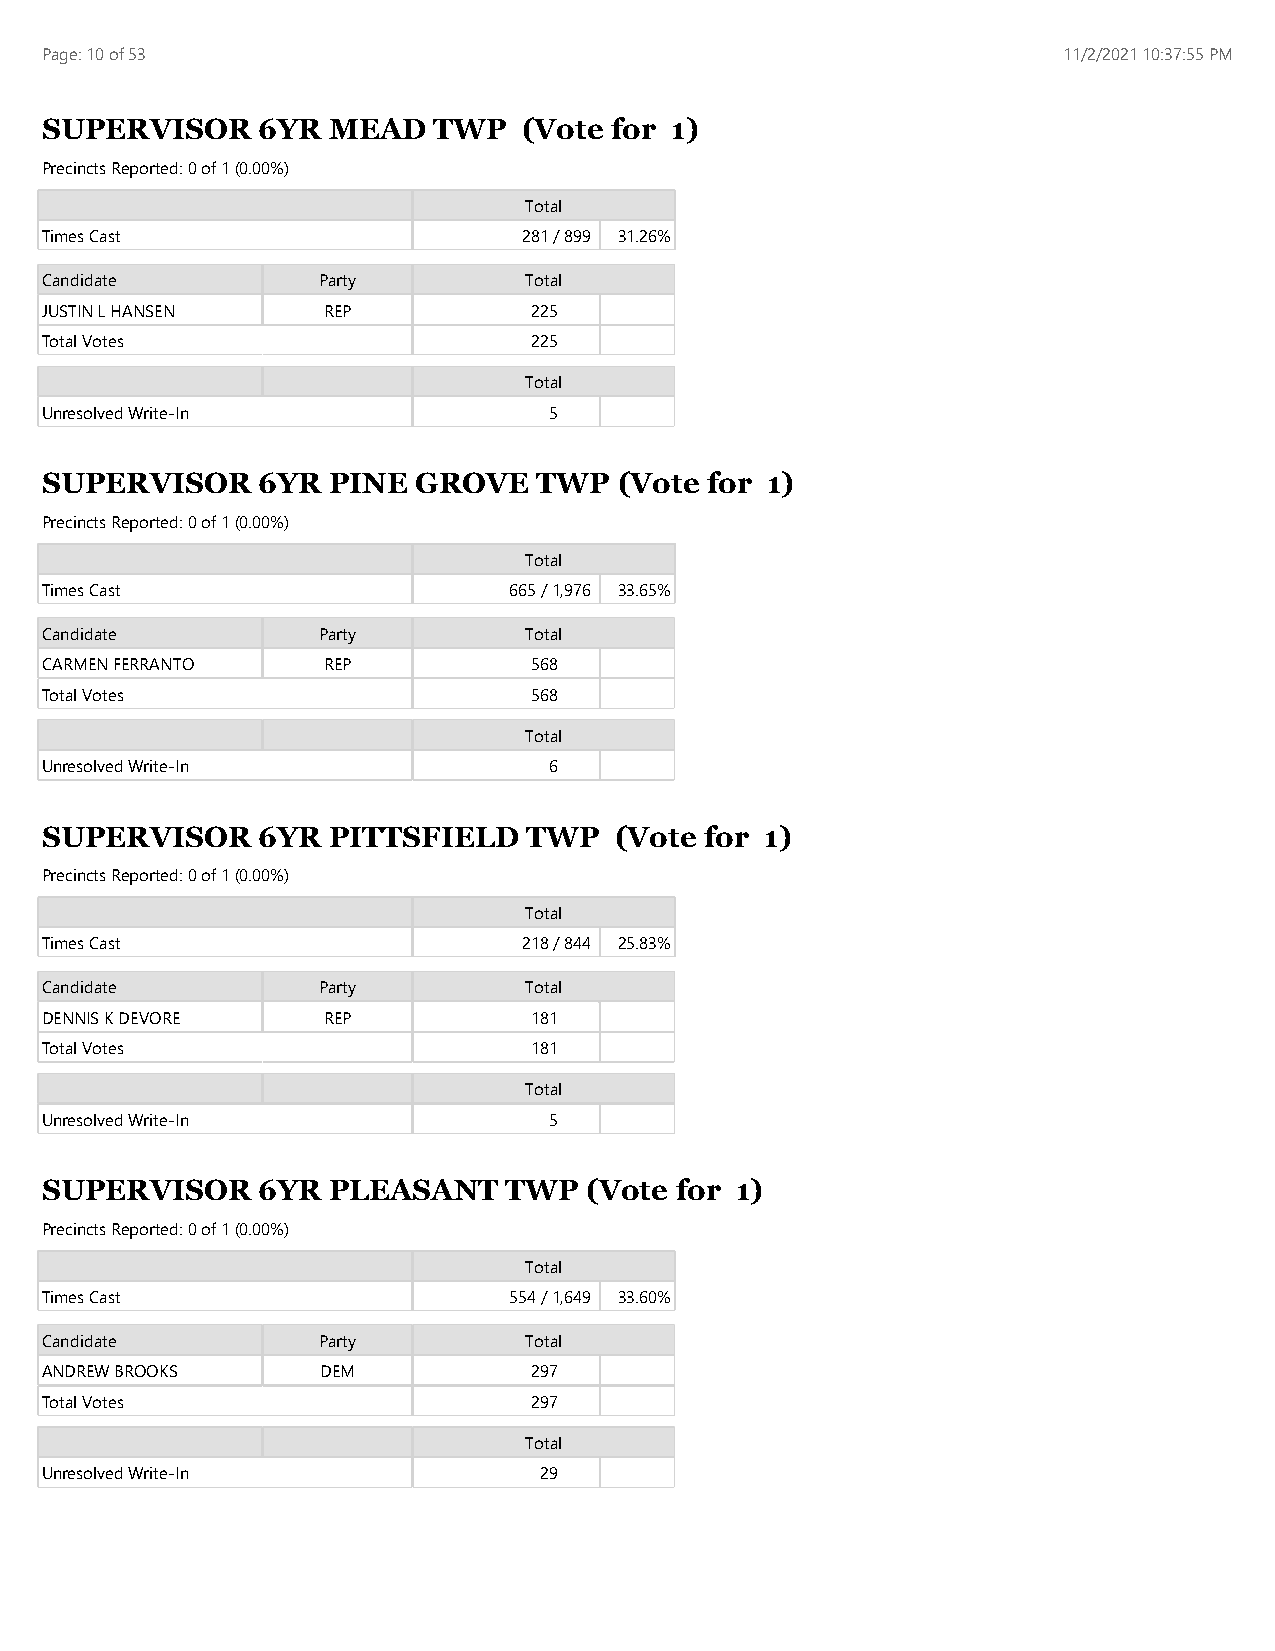
Page: 10 of 53                                                     11/2/2021 10:37:55 PM
 SUPERVISOR    6YR  MEAD   TWP   (Vote for 1)
 Precincts Reported: 0 of 1 (0.00%)
 Total
 Times Cast                      281 / 899 31.26%
 Candidate         Party         Total
 JUSTIN L HANSEN   REP           225
 Total Votes                     225
 Total
 Unresolved Write-In              5
 SUPERVISOR    6YR  PINE GROVE    TWP  (Vote for 1)
 Precincts Reported: 0 of 1 (0.00%)
 Total
 Times Cast                     665 / 1,976 33.65%
 Candidate         Party         Total
 CARMEN FERRANTO   REP           568
 Total Votes                     568
 Total
 Unresolved Write-In              6
 SUPERVISOR    6YR  PITTSFIELD   TWP   (Vote for 1)
 Precincts Reported: 0 of 1 (0.00%)
 Total
 Times Cast                      218 / 844 25.83%
 Candidate         Party         Total
 DENNIS K DEVORE   REP           181
 Total Votes                     181
 Total
 Unresolved Write-In              5
 SUPERVISOR    6YR  PLEASANT   TWP   (Vote for 1)
 Precincts Reported: 0 of 1 (0.00%)
 Total
 Times Cast                     554 / 1,649 33.60%
 Candidate         Party         Total
 ANDREW BROOKS     DEM           297
 Total Votes                     297
 Total
 Unresolved Write-In              29